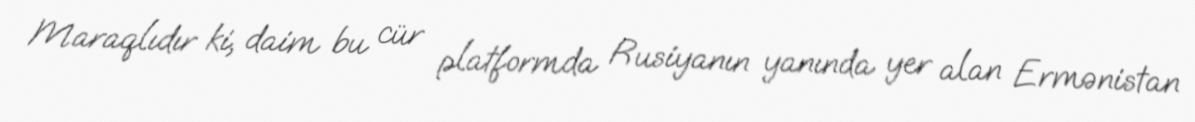
Maraqlıdır ki, daim bu cür platformda Rusiyanın yanında yer alan Ermənistan